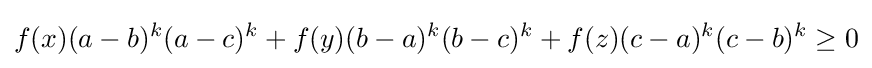
{f(x)(a-b)^{k}(a-c)^{k}+f(y)(b-a)^{k}(b-c)^{k}+f(z)(c-a)^{k}(c-b)^{k}\geq 0}